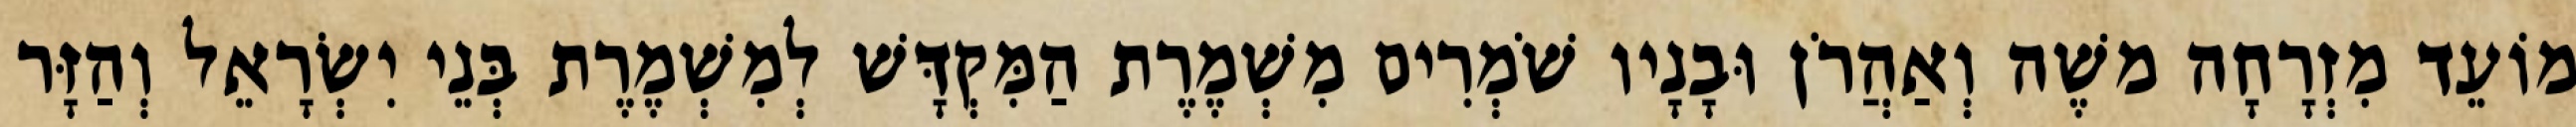
מוֹעֵד מִזְרָחָה משֶׁה וְאַהֲרֹן וּבָנָיו שֹׁמְרִים מִשְׁמֶרֶת הַמִּקְדָּשׁ לְמִשְׁמֶרֶת בְּנֵי יִשְׂרָאֵל וְהַזָּר